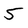
Character: 5